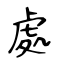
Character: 處